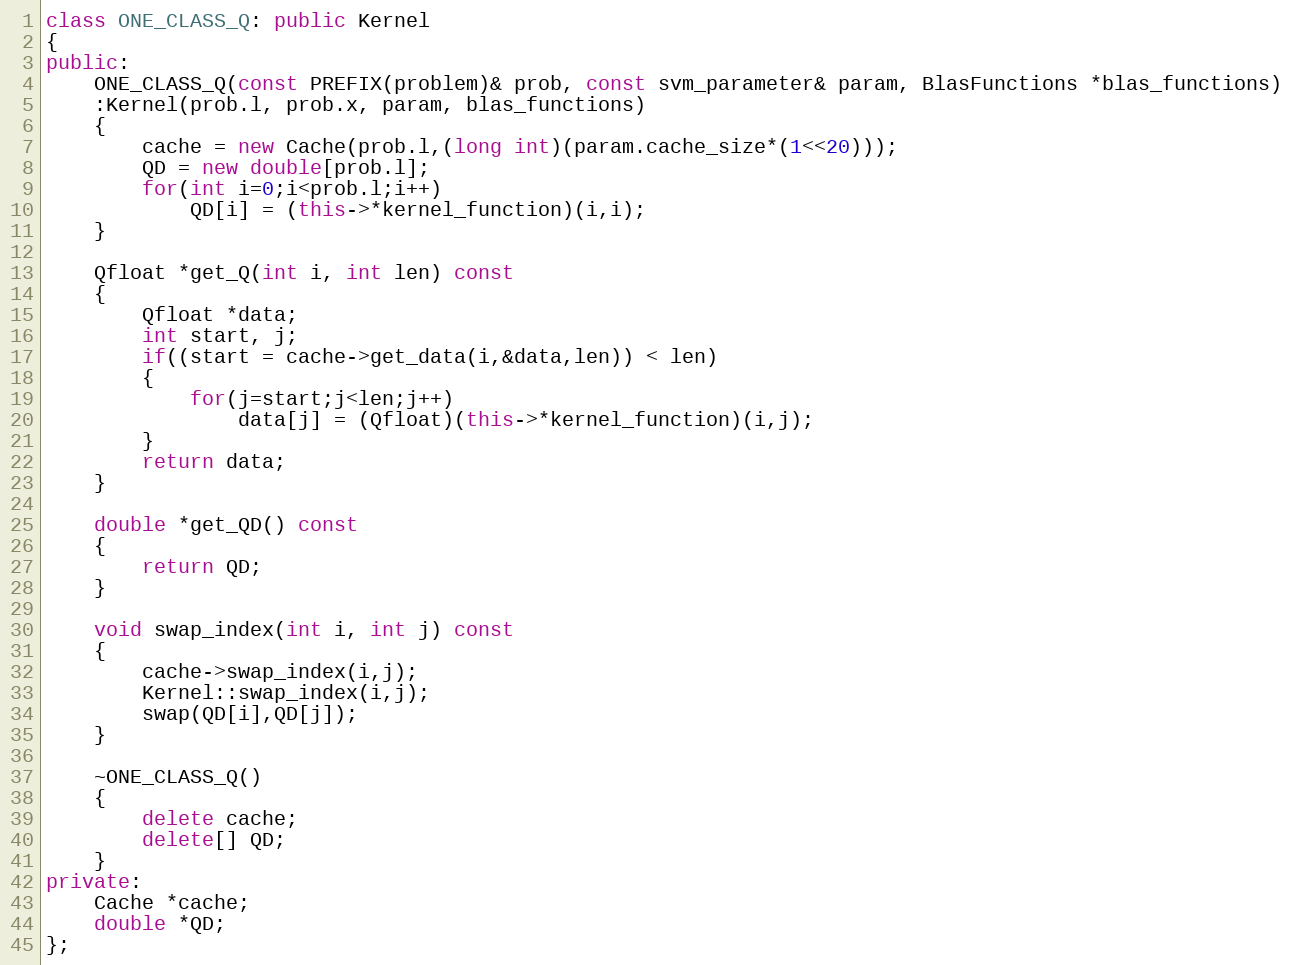
Language: C++
class ONE_CLASS_Q: public Kernel
{
public:
	ONE_CLASS_Q(const PREFIX(problem)& prob, const svm_parameter& param, BlasFunctions *blas_functions)
	:Kernel(prob.l, prob.x, param, blas_functions)
	{
		cache = new Cache(prob.l,(long int)(param.cache_size*(1<<20)));
		QD = new double[prob.l];
		for(int i=0;i<prob.l;i++)
			QD[i] = (this->*kernel_function)(i,i);
	}

	Qfloat *get_Q(int i, int len) const
	{
		Qfloat *data;
		int start, j;
		if((start = cache->get_data(i,&data,len)) < len)
		{
			for(j=start;j<len;j++)
				data[j] = (Qfloat)(this->*kernel_function)(i,j);
		}
		return data;
	}

	double *get_QD() const
	{
		return QD;
	}

	void swap_index(int i, int j) const
	{
		cache->swap_index(i,j);
		Kernel::swap_index(i,j);
		swap(QD[i],QD[j]);
	}

	~ONE_CLASS_Q()
	{
		delete cache;
		delete[] QD;
	}
private:
	Cache *cache;
	double *QD;
};